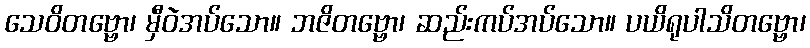
သေဝိတဗ္ဗော၊ မှီဝဲအပ်သော။ ဘဇိတဗ္ဗော၊ ဆည်းကပ်အပ်သော။ ပယိရုပါသိတဗ္ဗော၊